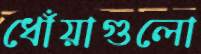
ধোঁয়াগুলো